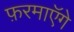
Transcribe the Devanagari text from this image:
फ़रमाएॅगे